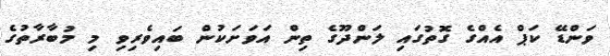
ވަންޑޭ ކަޕް އެއްގެ ގޮތުގައި ލަންދޫގެ ތިން އަވަށަކުންް ބައިވެރިވި މި މުބާރާތުގެ